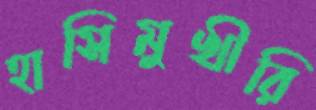
হাসিমুখীরি